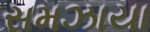
સમઝાયા